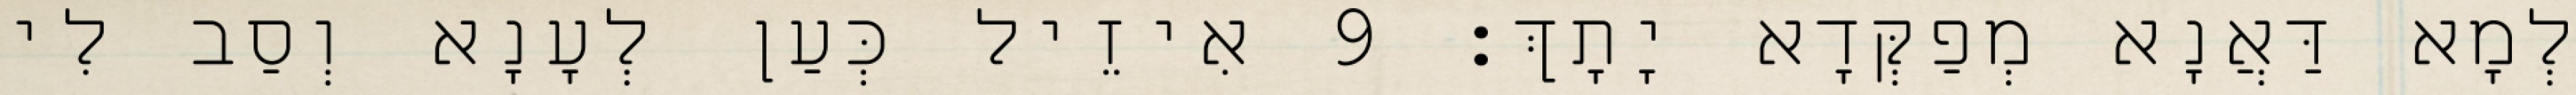
לְמָא דַּאֲנָא מְפַקְּדָא יָתָךְ׃ 9 אִיזֵיל כְּעַן לְעָנָא וְסַב לִי